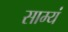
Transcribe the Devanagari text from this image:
साम्यं